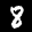
Label: 8